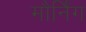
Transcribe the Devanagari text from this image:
मौर्निंग